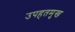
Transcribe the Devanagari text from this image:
उपहतमुख